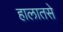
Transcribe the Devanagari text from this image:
हालातसे